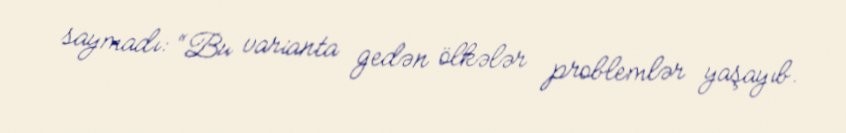
saymadı: “Bu varianta gedən ölkələr problemlər yaşayıb.